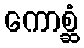
ကောစ္ဆံ